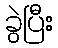
ခွဲပြီး